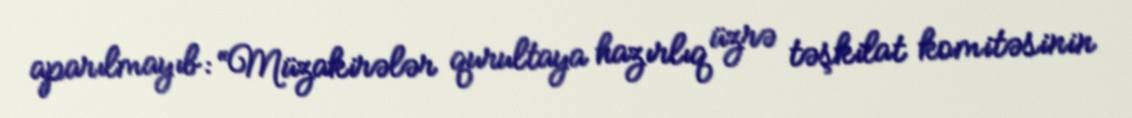
aparılmayıb: “Müzakirələr qurultaya hazırlıq üzrə təşkilat komitəsinin